Punjab Mental Hospital Lahore 1922-31 - 1922-1931
Year: 1922
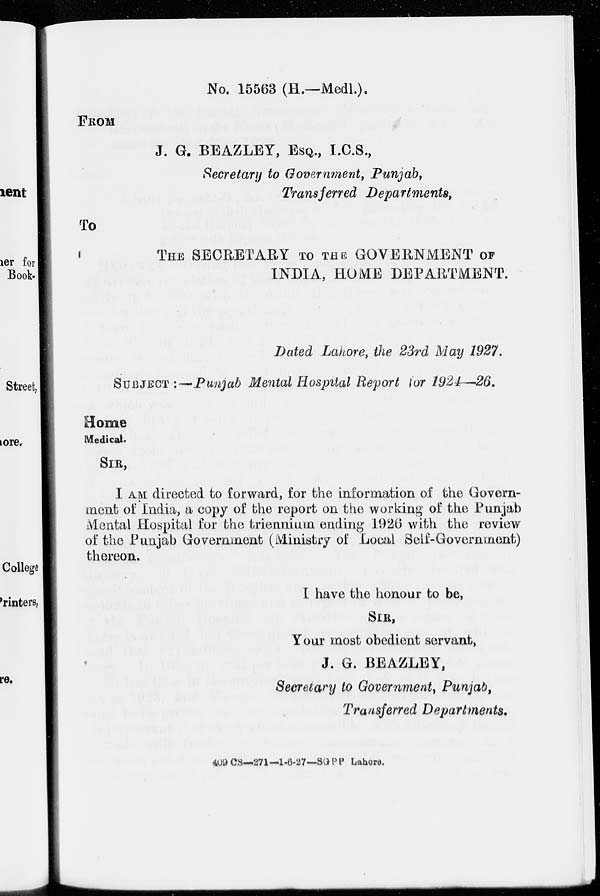
No. 15563 (H.—Medl.).
FROM
J. G. BEAZLEY, ESQ., I.C.S.,
Secretary to Government, Punjab,
Transferred Departments,
To
THE SECRETARY TO THE GOVERNMENT OF
INDIA, HOME DEPARTMENT.
Dated Lahore, the 23rd May 1927.
SUBJECT :—Punjab Mental Hospital Report for 1924—26.
Home
Medical.
SIR,
I AM directed to forward, for the information of the Govern-
ment of India, a copy of the report on the working of the Punjab
Mental Hospital for the triennium ending 1926 with the review
of the Punjab Government (Ministry of Local Self-Government)
thereon.
I have the honour to be,
SIR,
Your most obedient servant,
J. G. BEAZLEY,
Secretary to Government, Punjab,
Transferred Departments.
409 CS—271—1-6-27—SGPP Lahore.